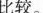
比较。